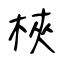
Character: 梜